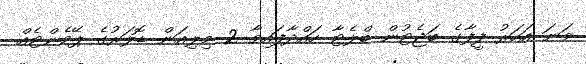
ވަނަ އަހަރު ފީފާގެ ބަޖެޓުން ބްލެޓާ ހައްދާފައިވާ 2 މިލިއަން ޑޮލަރުގެ ޕޭމެންޓެއް